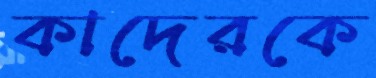
কাদেরকে